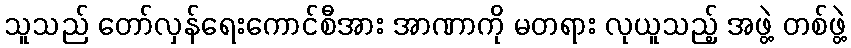
သူသည် တော်လှန်ရေးကောင်စီအား အာဏာကို မတရား လုယူသည့် အဖွဲ့ တစ်ဖွဲ့